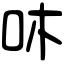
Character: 㕲